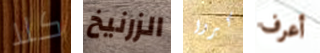
كلا الزرنيخ كبروا أعرف